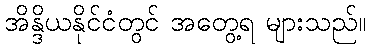
အိန္ဒိယနိုင်ငံတွင် အတွေ့ရ များသည်။